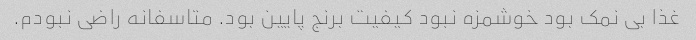
غذا بی نمک بود خوشمزه نبود کیفیت برنج پایین بود. متاسفانه راضی نبودم.